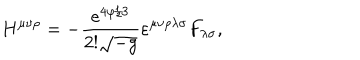
H ^ { \mu \nu \rho } = - { \frac { e ^ { 4 \varphi / 3 } } { 2 ! \sqrt { - g } } } \varepsilon ^ { \mu \nu \rho \lambda \sigma } F _ { \lambda \sigma } ,